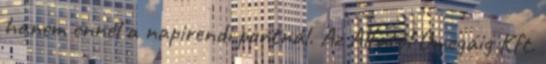
hanem ennél a napirendi pontnál. Az Alfától Omegáig Kft.